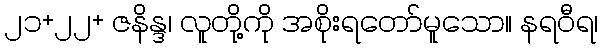
၂၁+၂၂+ ဇနိန္ဒ၊ လူတို့ကို အစိုးရတော်မူသော။ နရဝီရ၊